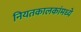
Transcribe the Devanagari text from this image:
नियतकालकांमध्ये